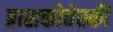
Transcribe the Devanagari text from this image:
प्रासकोवेस्की